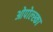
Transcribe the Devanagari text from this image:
ओपोल्स्का